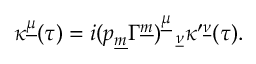
\kappa ^ { \underline { { \mu } } } ( \tau ) = i ( p _ { \underline { { m } } } \Gamma ^ { \underline { { m } } } ) _ { ~ ~ \underline { { { \nu } } } } ^ { \underline { { { \mu } } } } \kappa ^ { \prime \underline { { { \nu } } } } ( \tau ) .